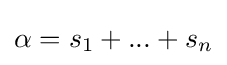
\alpha =s_{1}+...+s_{n}